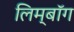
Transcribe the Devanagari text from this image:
लिम्बॉग